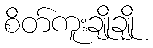
စိတ်ကူးချိုချို